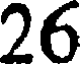
26